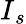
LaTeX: I{_s}